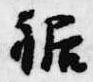
裾